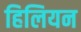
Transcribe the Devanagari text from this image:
हिलियन